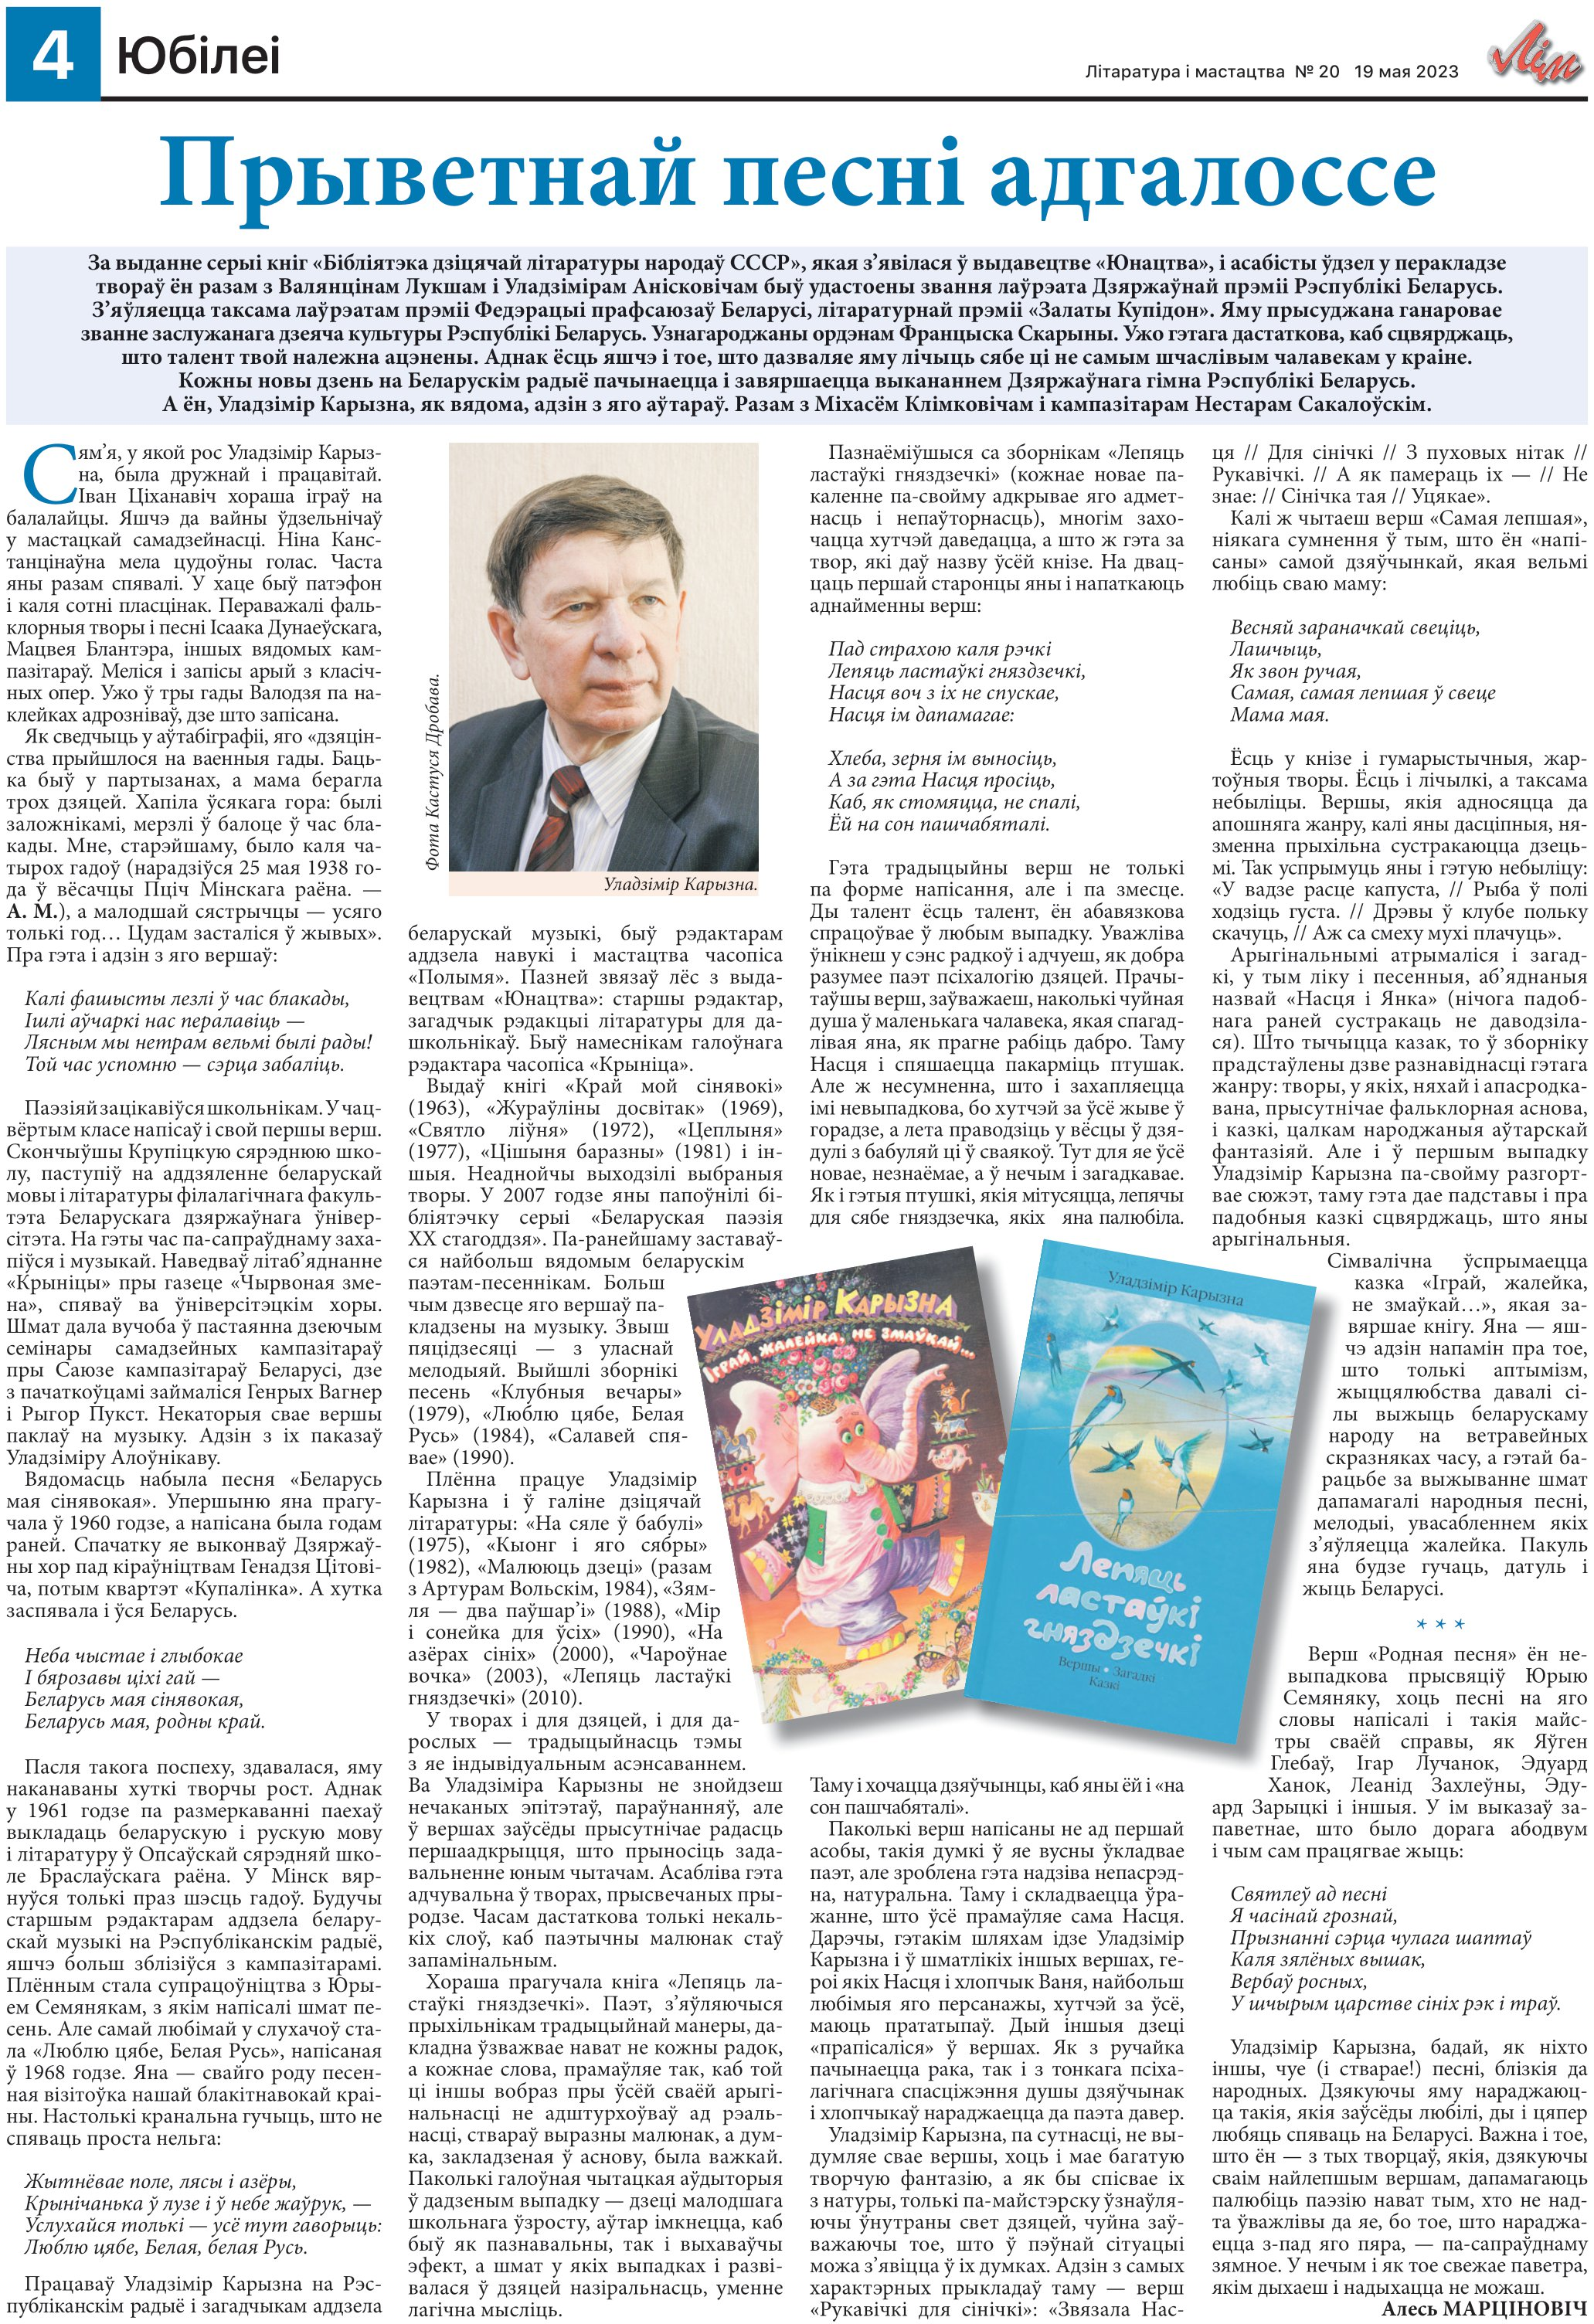
Language: be